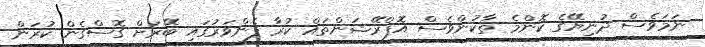
ނަމަވެސް ދުނިޔޭގެ ކޮންމެ ތާކުންވެސް އޮޕްރޭޝަންތައް ކުރާ ފެންވަރުގައި ބޭރަށް ގޮސްގެން ކުރަން